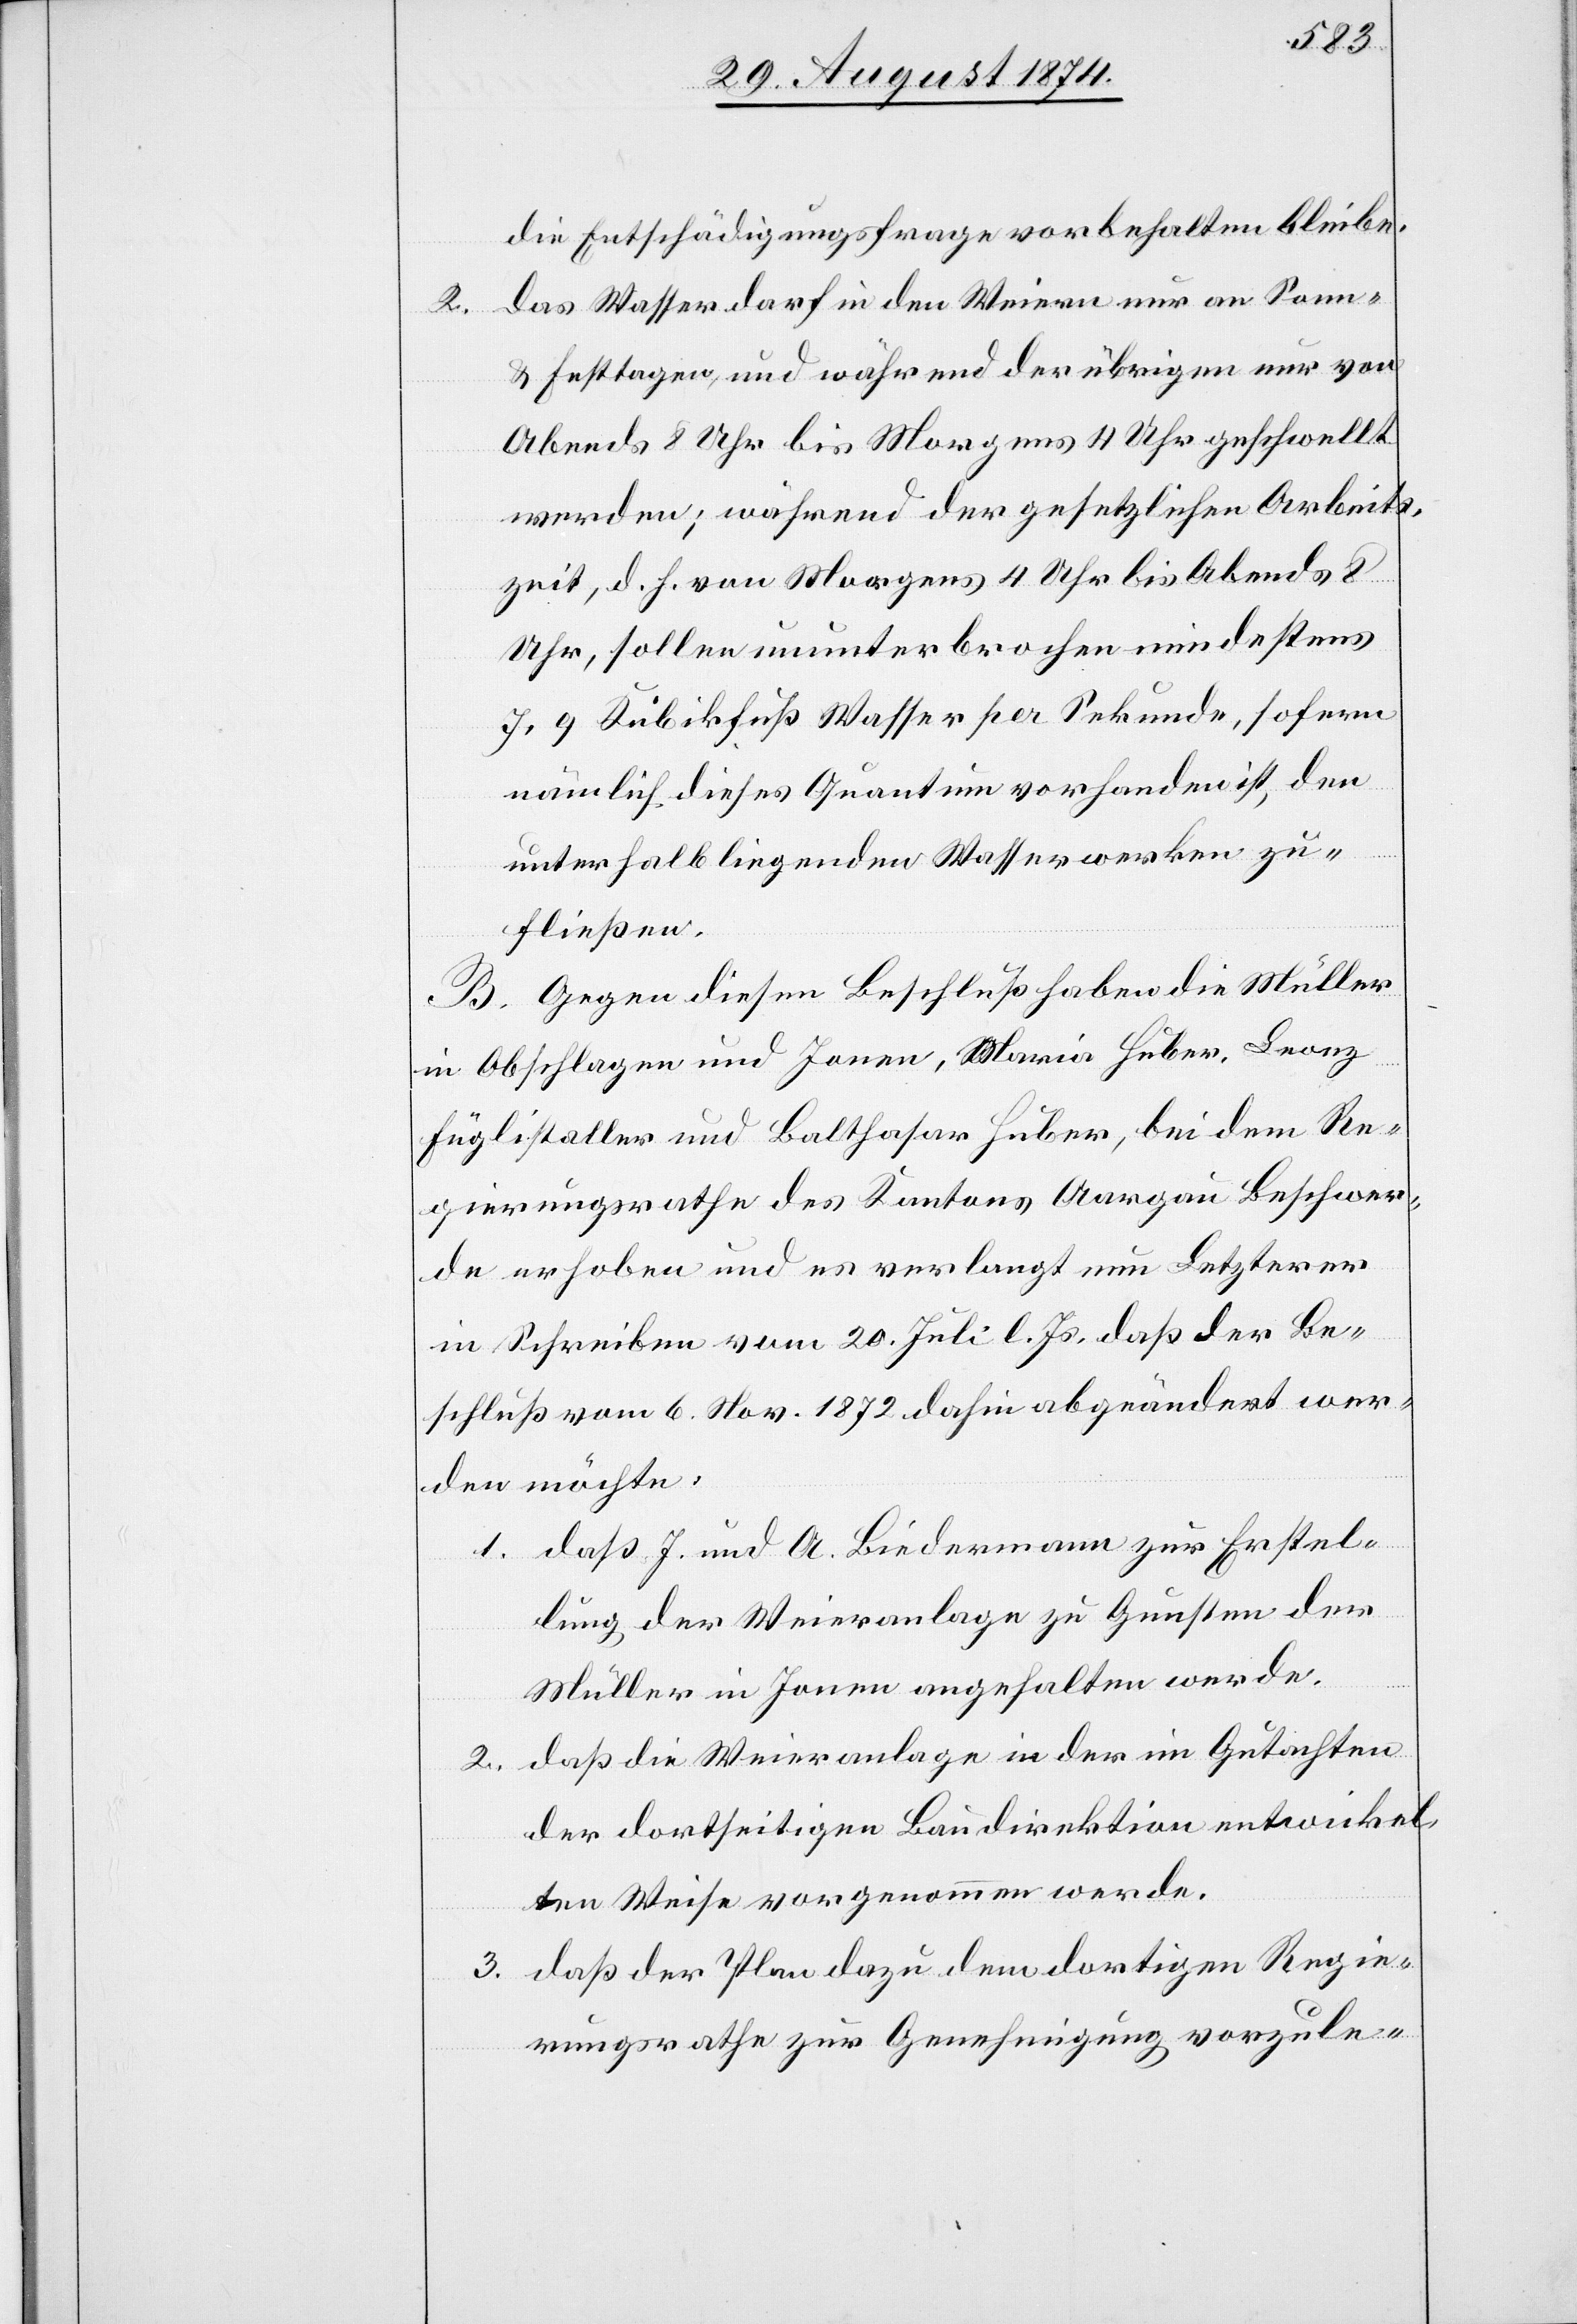
die Entschädigungsfrage vorbehalten bleibe.
2. das Wasser darf in den Weiern nur an Sonn-
u. Festtagen, und während der übrigen nur von
Abends 8 Uhr bis Morgens 4 Uhr geschwellt
werden; während der gesetzlichen Arbeits¬
zeit, d. h. von Morgens 4 Uhr bis Abends 8
Uhr, sollen ununterbrochen mindestens
7,9 Kubikfuß Wasser per Sekunde, sofern
nämlich dieses Quantum vorhanden ist, den
unterhalb liegenden Wasserwerken zu¬
fließen.
B. Gegen diesen Beschluß haben die Müller
in Obschlagen und Jonen, Maria [sic!] Huber, Leonz
Füglistaller und Balthasar Huber, bei dem Re¬
gierungsrathe des Kantons Aargau Beschwer¬
de erhoben und es verlangt nun Letzterer
in Schreiben vom 20. Juli l. Js., daß der Be¬
schluß vom 6. Nov. 1872 dahin abgeändert wer¬
den möchte:
1. daß J. und A. Biedermann zur Erstel¬
lung der Weieranlage zu Gunsten der
Müller in Jonen angehalten werde.
2. daß die Weieranlage in der im Gutachten
der dortseitigen Baudirektion entwickel¬
ten Weise vorgenommen werde.
3. daß der Plan dazu dem dortigen Regie¬
rungsrathe zur Genehmigung vorzule-